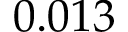
0 . 0 1 3